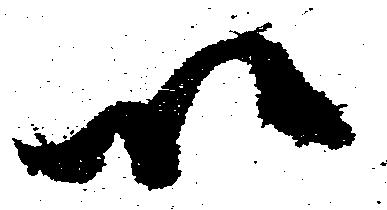
以